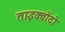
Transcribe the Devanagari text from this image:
ताइक्वोंदो